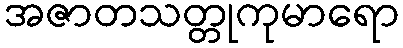
အဇာတသတ္တုကုမာရော